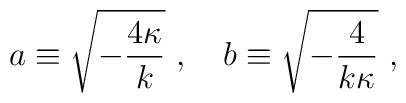
a\equiv\sqrt{-{4\kappa \over k}}\ ,\ \ \ b\equiv\sqrt{-{4 \over k\kappa}}\ ,